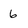
Character: 6